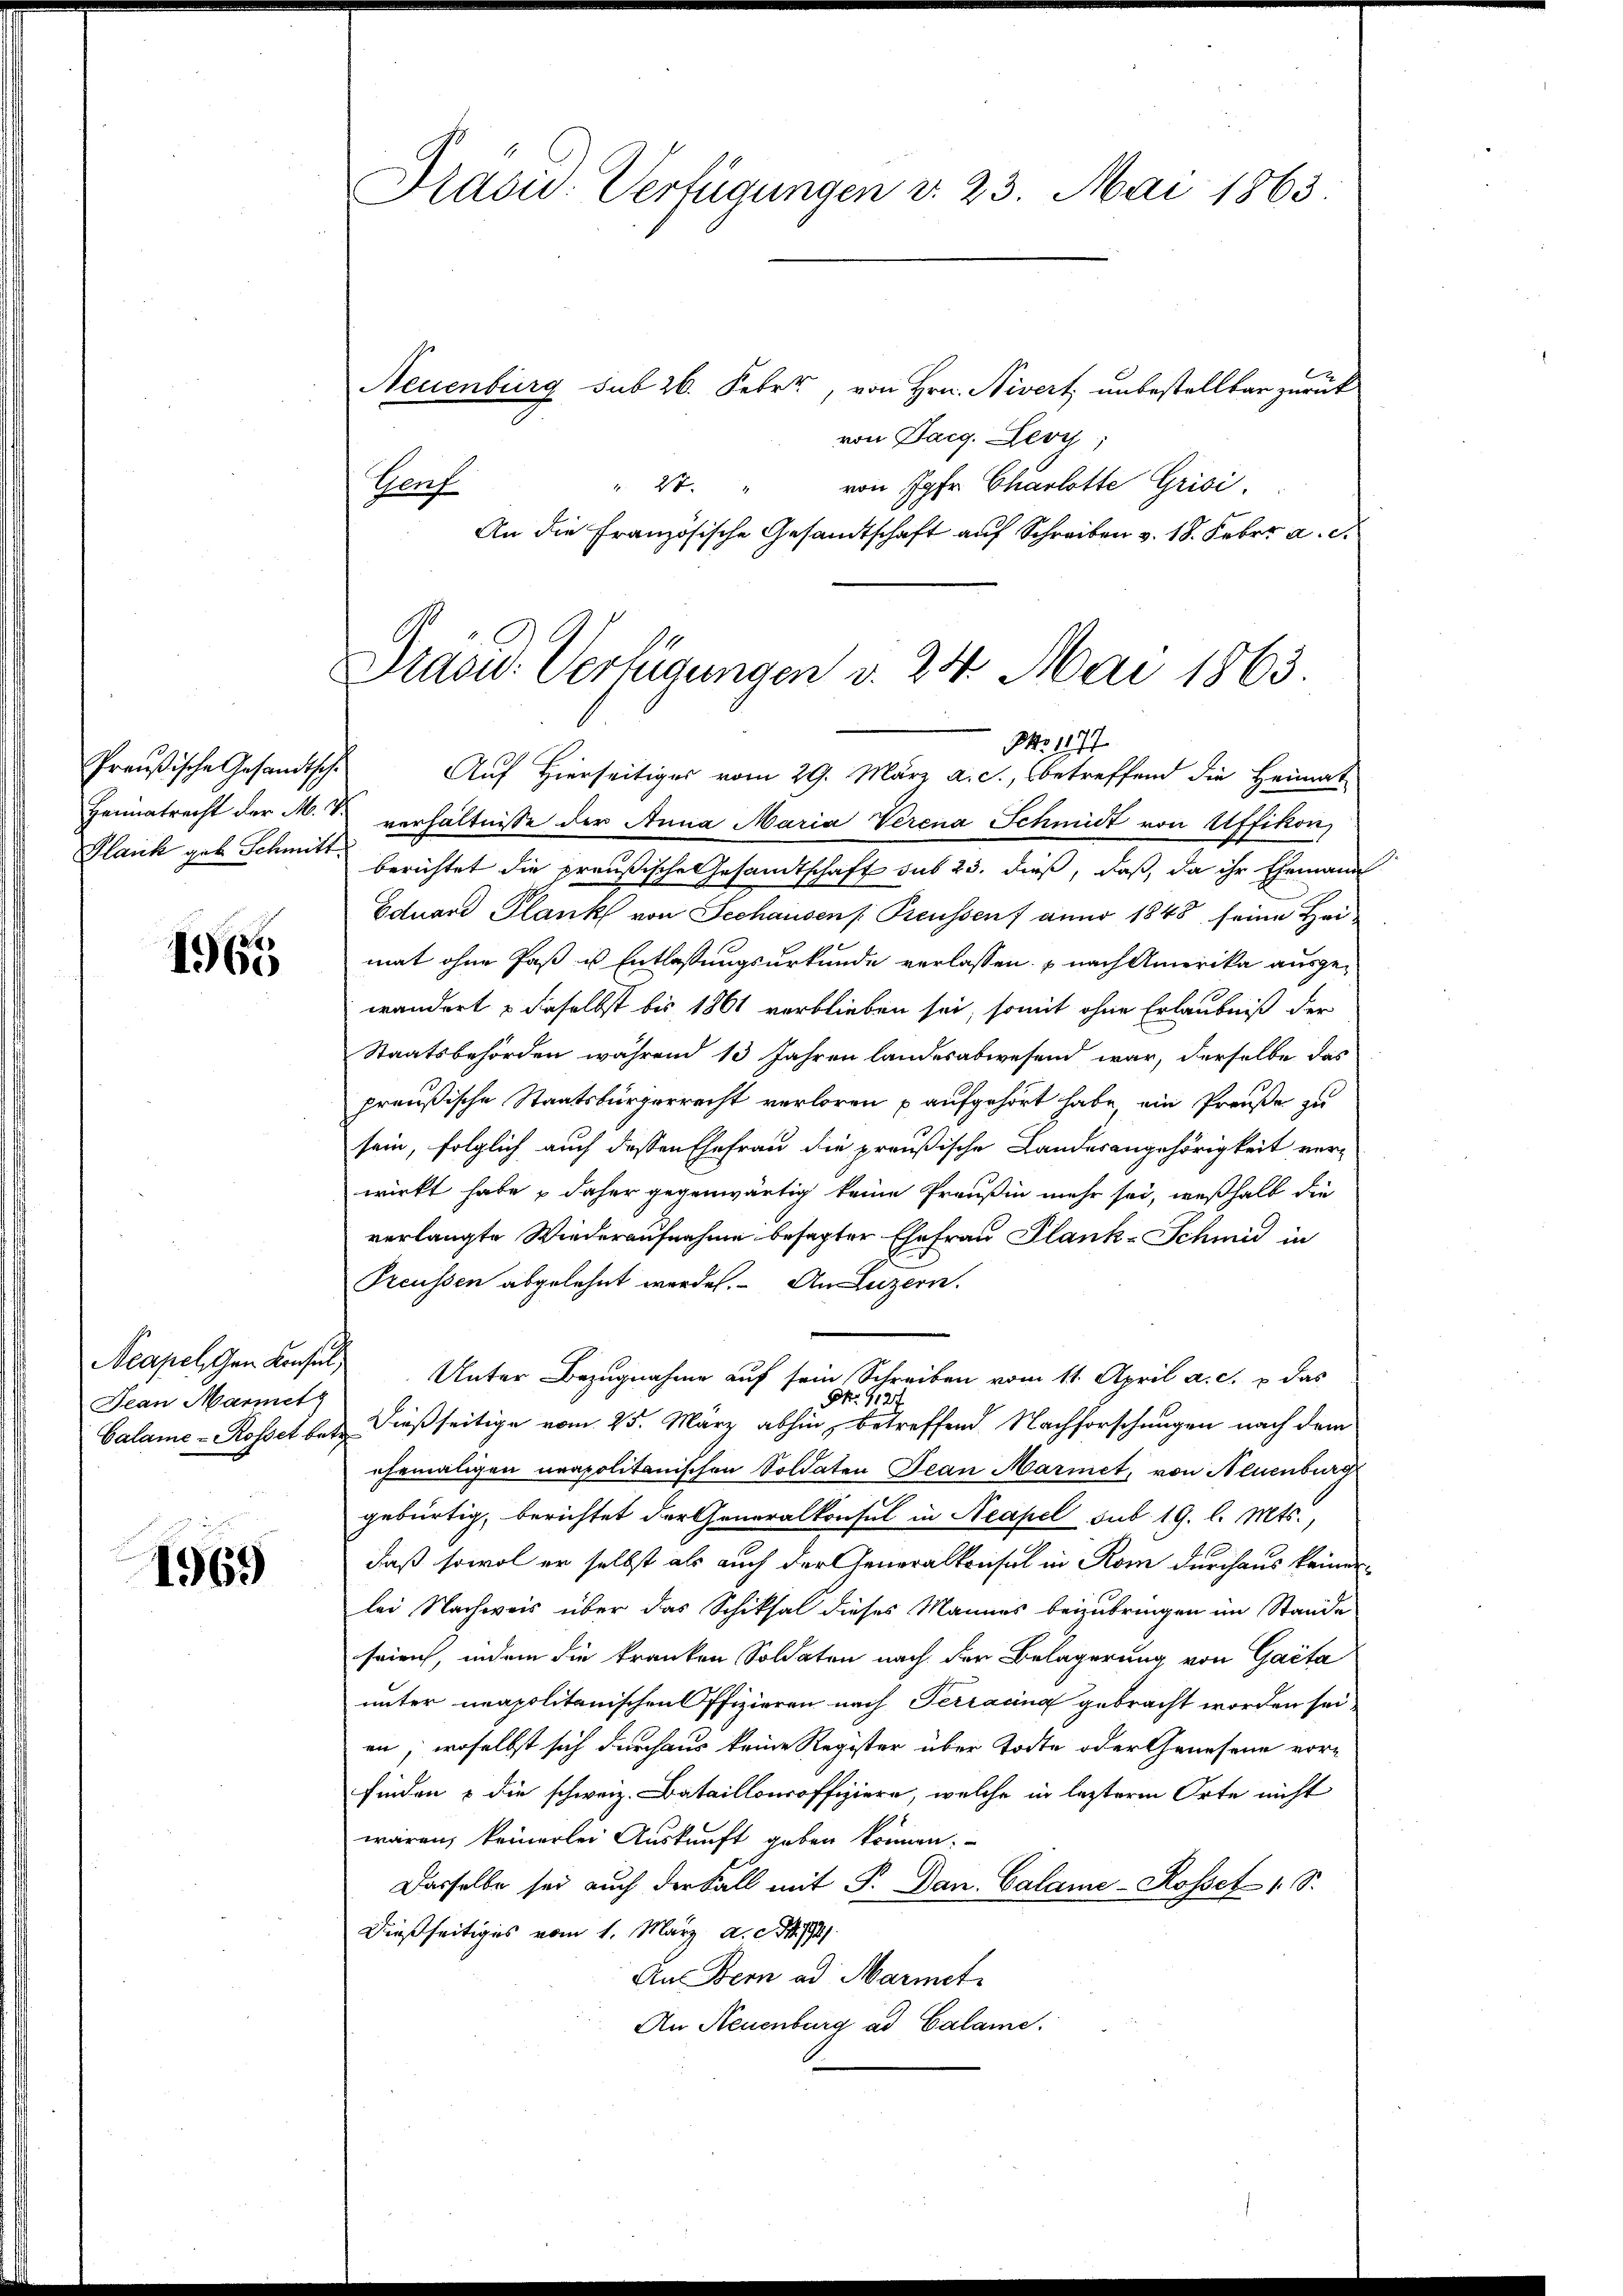
Preußische Gesandtsche
Heimatrecht der M. D.

1965

Jean Marmetz
Calame- Rosset betr.

1969

Prasid. Verfügungen v. 23. Mai 1863.

Präsid. Verfügungen v. 24. Mai 1863.

Neuenburg sub 26. Feber, von Hrn. Nivert unbestellbar zurück
d
von Darg. Leon,
" 2t. " von Jahr Charlotte Grisi
Hof
An die Französische Gesandtschaft auf Schreiben v. 18. Febr. a. d.
PAo 1877.
Auf Hierseitiges vom 29. März a. c., betreffend die Heimat
verhältnisse der Anna Maria Verena Schmidt von Affikon,
Glank geb Schmitt berichtet die preußische Gesandtschaft sub 23. dieß, daß, da ihr Ehemann
Eduard Plank von Seehausen Preussen / anno 1848 seine Hei
mat ohne Paß u. Entlassungsurkunde verlassen, nach Amerika ausgewandert & daselbst bis 1861 verblieben sei, somit ohne Erlaubniß der
Staatsbehörden während 13 Jahren landesabwesend war, derselbe das
preußische Staatsbürgerrecht verloren u aufgehört habe, ein Preuße zu
sein, folglich auch dessen Ehefrau die preußische Landesangehörigkeit verwirkt habe & daher gegenwärtig keine Preußin mehr sei, weßhalb die
verlangte Wiederaufnahme besagter Ehefrau Plank-Schmid in
Preussen abgelehnt werde. An Luzern.
Neapelchen Konsul Unter Bezugnahme auf sein Schreiben vom 11. April a. c. u. das
N. 1127
dießseitige vom 25. März abhin, betreffend Nachforschungen nach dem
ehemaligen neapolitanischen Soldaten Jean Marmet, von Neuenburg
gebürtig, berichtet der Generalkonsul in Neapel sub. 19. l. Mts.,
daß sowol er selbst als auch der Generalkonsul in Rom durchaus keiner
lei Nachweis über das Schiksal dieses Mannes beizubringen im Stande
srien, indem die kranken Soldaten nach der Belagerung von Gacta
unter neapolitanischen Offizieren nach Terracing gebracht worden sei,
an, woselbst sich durchaus keine Register über Todte oder Genesene vor-
finden & die schweiz. Bataillonroffiziere, welche in letzterm Orte nicht
wären, keinerlei Auskunft geben können.
Dasselbe sei auch der Fall mit P. Dan. Calame-Rosset 1. S.
dießseitiges vom 1. März a. c. J. 1794.
Au Bern ad Marmet
An Neuenburg ad Calame.